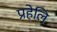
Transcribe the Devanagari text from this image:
प्रहेलि